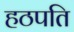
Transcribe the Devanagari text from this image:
हठपति